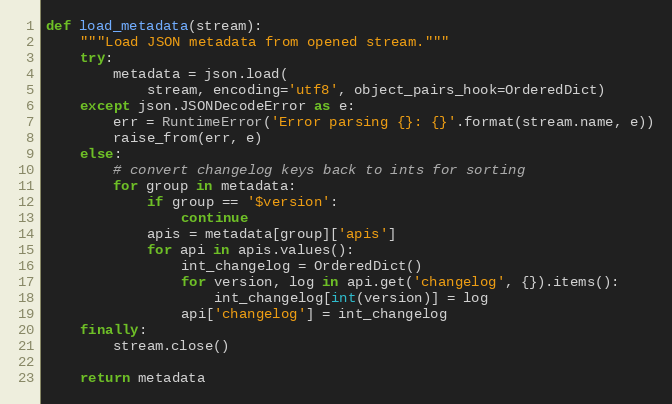
Language: Python
def load_metadata(stream):
    """Load JSON metadata from opened stream."""
    try:
        metadata = json.load(
            stream, encoding='utf8', object_pairs_hook=OrderedDict)
    except json.JSONDecodeError as e:
        err = RuntimeError('Error parsing {}: {}'.format(stream.name, e))
        raise_from(err, e)
    else:
        # convert changelog keys back to ints for sorting
        for group in metadata:
            if group == '$version':
                continue
            apis = metadata[group]['apis']
            for api in apis.values():
                int_changelog = OrderedDict()
                for version, log in api.get('changelog', {}).items():
                    int_changelog[int(version)] = log
                api['changelog'] = int_changelog
    finally:
        stream.close()

    return metadata